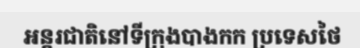
អន្តរជាតិនៅទីក្រុងបាងកក ប្រទេសថៃ